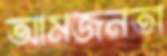
আমজনতা